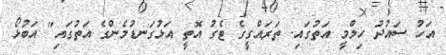
އަހު ސައުދު ހިލްމީ އަތުގައި. ތަރައްގީގެ ޓެގު އޮތީ އަޅުގަނޑުމެންގެ އަތުގައި" އަބުޅޯ